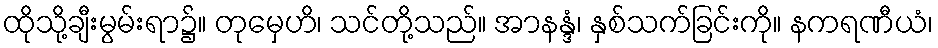
ထိုသို့ချီးမွမ်းရာ၌။ တုမှေဟိ၊ သင်တို့သည်။ အာနန္ဒံ၊ နှစ်သက်ခြင်းကို။ နကရဏီယံ၊